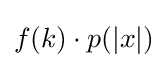
f(k)\cdot p(|x|)